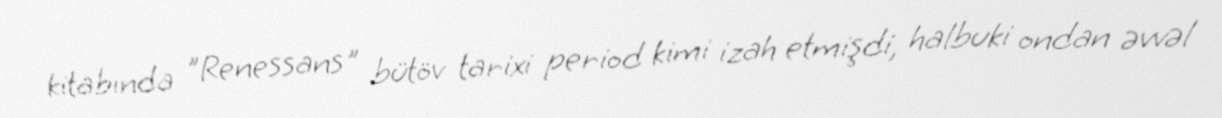
kitabında "Renessans" bütöv tarixi period kimi izah etmişdi, halbuki ondan əvvəl